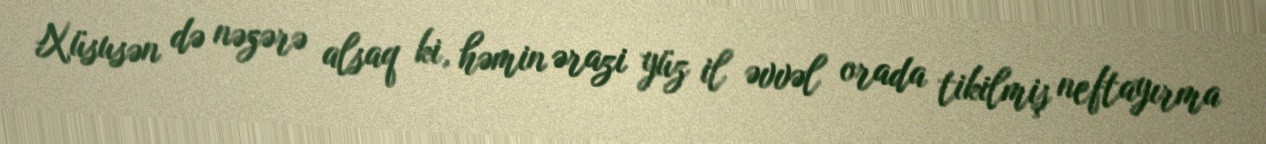
Xüsusən də nəzərə alsaq ki, həmin ərazi yüz il əvvəl orada tikilmiş neftayırma